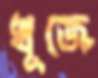
খূজেঁ